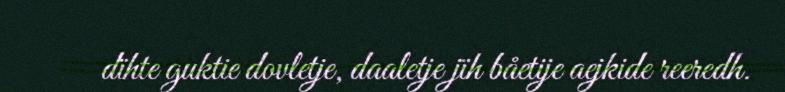
dïhte guktie dovletje, daaletje jïh båetije aejkide reeredh.